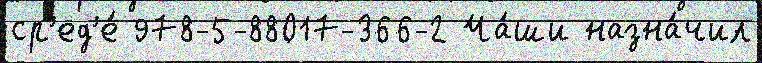
ср'ед'е́ 978-5-88017-366-2 Ча́ши назна́чил